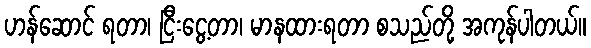
ဟန်ဆောင် ရတာ၊ ငြီးငွေ့တာ၊ မာနထားရတာ စသည်တို့ အကုန်ပါတယ်။